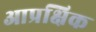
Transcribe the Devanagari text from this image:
आप्रक्षिक